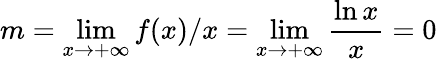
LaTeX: m=\operatorname*{lim}_{x\rightarrow+\infty}f(x)/x=\operatorname*{lim}_{x\rightarrow+\infty}{\frac{\ln x}{x}}=0